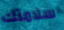
سلامتك